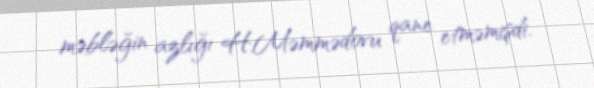
məbləğin azlığı H.Məmmədovu qane etməmişdi.